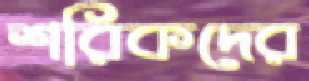
শরিকদের